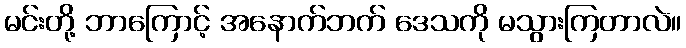
မင်းတို့ ဘာကြောင့် အနောက်ဘက် ဒေသကို မသွားကြတာလဲ။